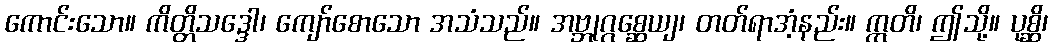
ကောင်းသော။ ကိတ္တိသဒ္ဒေါ၊ ကျော်စောသော အသံသည်။ အဗ္ဘုဂ္ဂစ္ဆေယျ၊ တတ်ရာအံ့နည်း။ ဣတိ၊ ဤသို့။ ပုစ္ဆိ၊